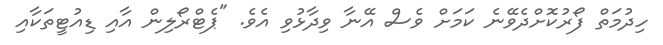
ހިދުމަތް ފޯރުކޮށްދެވޭނެ ކަމަށް ވެސް އޭނާ ވިދާޅުވި އެވެ. "ޕެޓްރޯލިން އާއި ޑިއުޓީތަކާއި